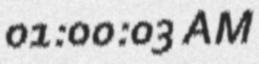
01:00:03 AM